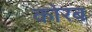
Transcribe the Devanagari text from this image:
कोरब